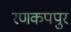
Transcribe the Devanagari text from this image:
रणकपपुर